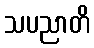
သပညာတိ